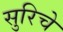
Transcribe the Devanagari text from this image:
सुरिचे